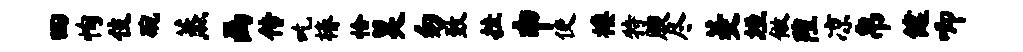
四恂伎碗蒸画传吃椿恰昊勿致挂申使楼特腴尽菱垣做隍凉帛健唧